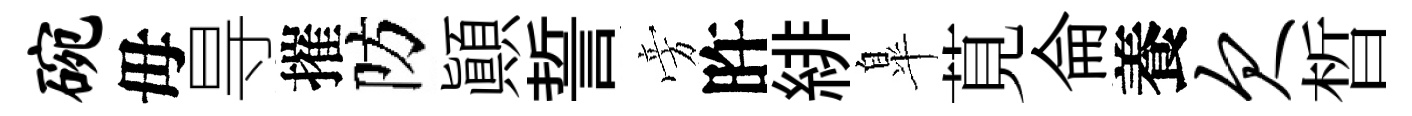
碗毋㝵摧防顚誓旁旿緋臯莧侖養欠晳